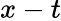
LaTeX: x-t